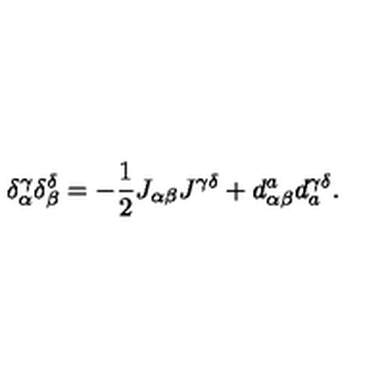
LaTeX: \delta _ { \alpha } ^ { \gamma } \delta _ { \beta } ^ { \delta } = - \frac 1 2 J _ { \alpha \beta } J ^ { \gamma \delta } + d _ { \alpha \beta } ^ { a } d _ { a } ^ { \gamma \delta } .